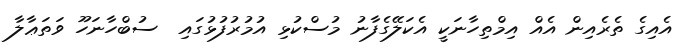
އެއިގެ ތެރެއިން އެއް އިމްތިހާނަކީ އެކަލޭގެފާނު މުސްކުޅި އުމުރުފުޅުގައި  ސުބްހާނަހޫ ވަތަޢާލާ